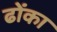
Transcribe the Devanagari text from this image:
ढोंका